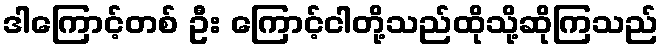
ဒါကြောင့်တစ် ဦး ကြောင့်ငါတို့သည်ထိုသို့ဆိုကြသည်